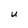
Character: U